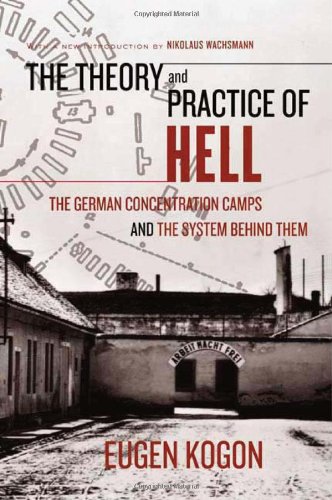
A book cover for The Theory and Practice of Hell: The German Concentration Camps and the System Behind Them; Eugen Kogon; Science & Math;